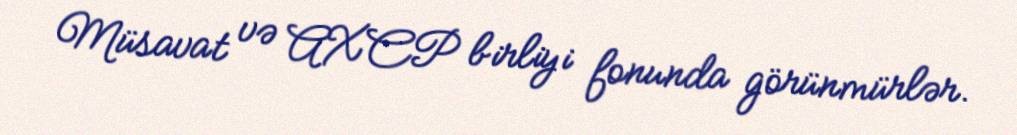
Müsavat və AXCP birliyi fonunda görünmürlər.